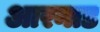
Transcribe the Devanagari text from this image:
आरनाड